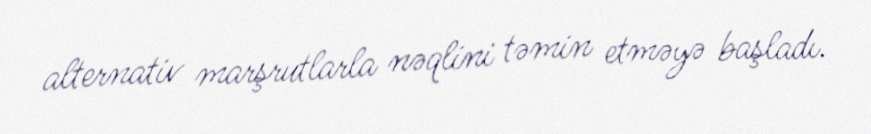
alternativ marşrutlarla nəqlini təmin etməyə başladı.